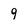
Character: 9